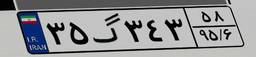
۳۵گ۳۴۳۵۸